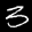
Label: 3